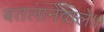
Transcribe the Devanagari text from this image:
बतलानेवाले॥